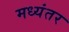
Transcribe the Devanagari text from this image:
मध्‍यंतर